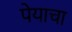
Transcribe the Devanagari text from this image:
पेयाचा